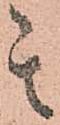
其